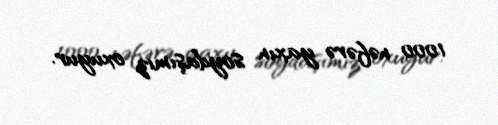
1000 nəfərə yaxın soydaşımız oxuyur.